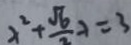
x ^ { 2 } + \frac { \sqrt { 6 } } { 2 } \lambda = 3